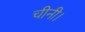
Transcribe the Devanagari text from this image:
चीनी।